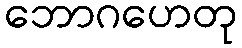
ဘောဂဟေတု